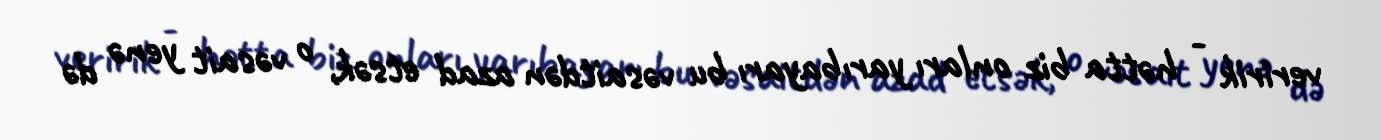
veririk - hətta biz onları yarıbayarı bu vəsaitdən azad etsək, o vəsait yenə də